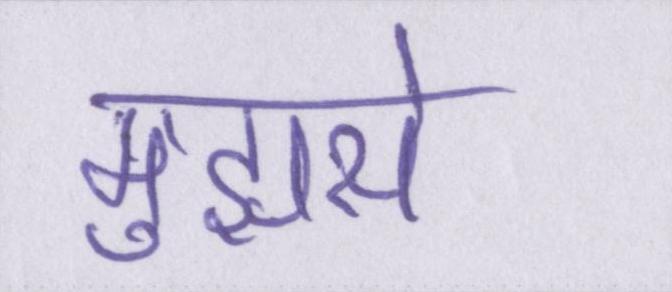
मुझसे